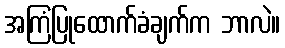
အကြံပြုထောက်ခံချက်က ဘာလဲ။